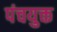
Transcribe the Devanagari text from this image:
पंचयुक्त